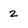
Character: 2